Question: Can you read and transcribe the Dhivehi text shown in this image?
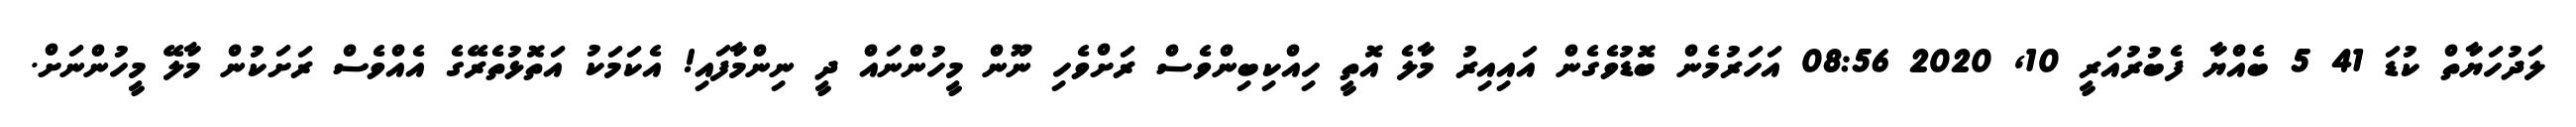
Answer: ލަދުހަޔާތް ކުޑަ 41 5 ބެއްޔާ ފެބުރުއަރީ 10, 2020 08:56 އަހަރުމެން ބޮޑުވެގެން އައިއިރު މާލެ އޮތީ ހިއްކިބިންވެސް ރަށްވެހި ނޫން މީހުންނައް ދީ ނިންމާފައި! އެކަމަކު އަތޮޅުތެރޭގެ އެއްވެސް ރަށަކުން މާލޭ މީހުންނަށް.